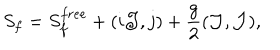
LaTeX: S _ { f } = S _ { f } ^ { f r e e } + ( i { \cal J } , j ) + { \frac { g } { 2 } } ( { \cal J } , { \cal J } ) ,